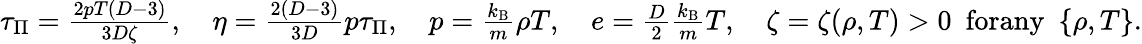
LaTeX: \begin{array}{r}{\tau_{\Pi}=\frac{2pT(D-3)}{3D\zeta},\quad\eta=\frac{2(D-3)}{3D}p\tau_{\Pi},\quad p=\frac{k_{\textrm{B}}}{m}\rho T,\quad e=\frac{D}{2}\frac{k_{\textrm{B}}}{m}T,\quad\zeta=\zeta(\rho,T)>0\ \ \textrm{forany}\ \ \{ \rho,T\} .}\end{array}